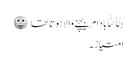
ہٹّا کٹّا بادام بیچنے والا ہوتا تھا 😛
امتیاز ۔